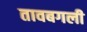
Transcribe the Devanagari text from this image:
तावबगली